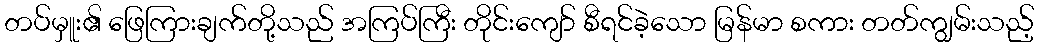
တပ်မှူး၏ ဖြေကြားချက်တို့သည် အကြပ်ကြီး တိုင်းကျော် စီရင်ခဲ့သော မြန်မာ စကား တတ်ကျွမ်းသည့်